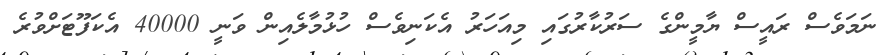
ނަމަވެސް ރައީސް ޔާމީންގެ ސަރުކާރުގައި މިއަހަރު އެކަނިވެސް ހުޅުމާލެއިން ވަނީ 40000 އެކަފޫޓަށްވުރެ